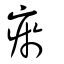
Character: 瘀